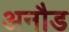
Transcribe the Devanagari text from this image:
अनौड